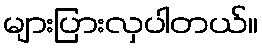
များပြားလှပါတယ်။